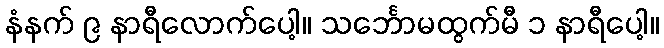
နံနက် ၉ နာရီလောက်ပေါ့။ သင်္ဘောမထွက်မီ ၁ နာရီပေါ့။